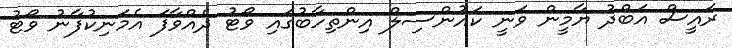
ރައީސް އަބްދު ޔާމީން ވަނީ ކައުންސިލް އިންތިހާބުގައި ވޯޓު ދެއްވާފަ އެމަނިކުފާނު ވޯޓު